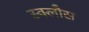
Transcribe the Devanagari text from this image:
स्क्लौस